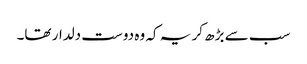
سب سے بڑھ کر یہ کہ وہ دوست دلدار تھا۔